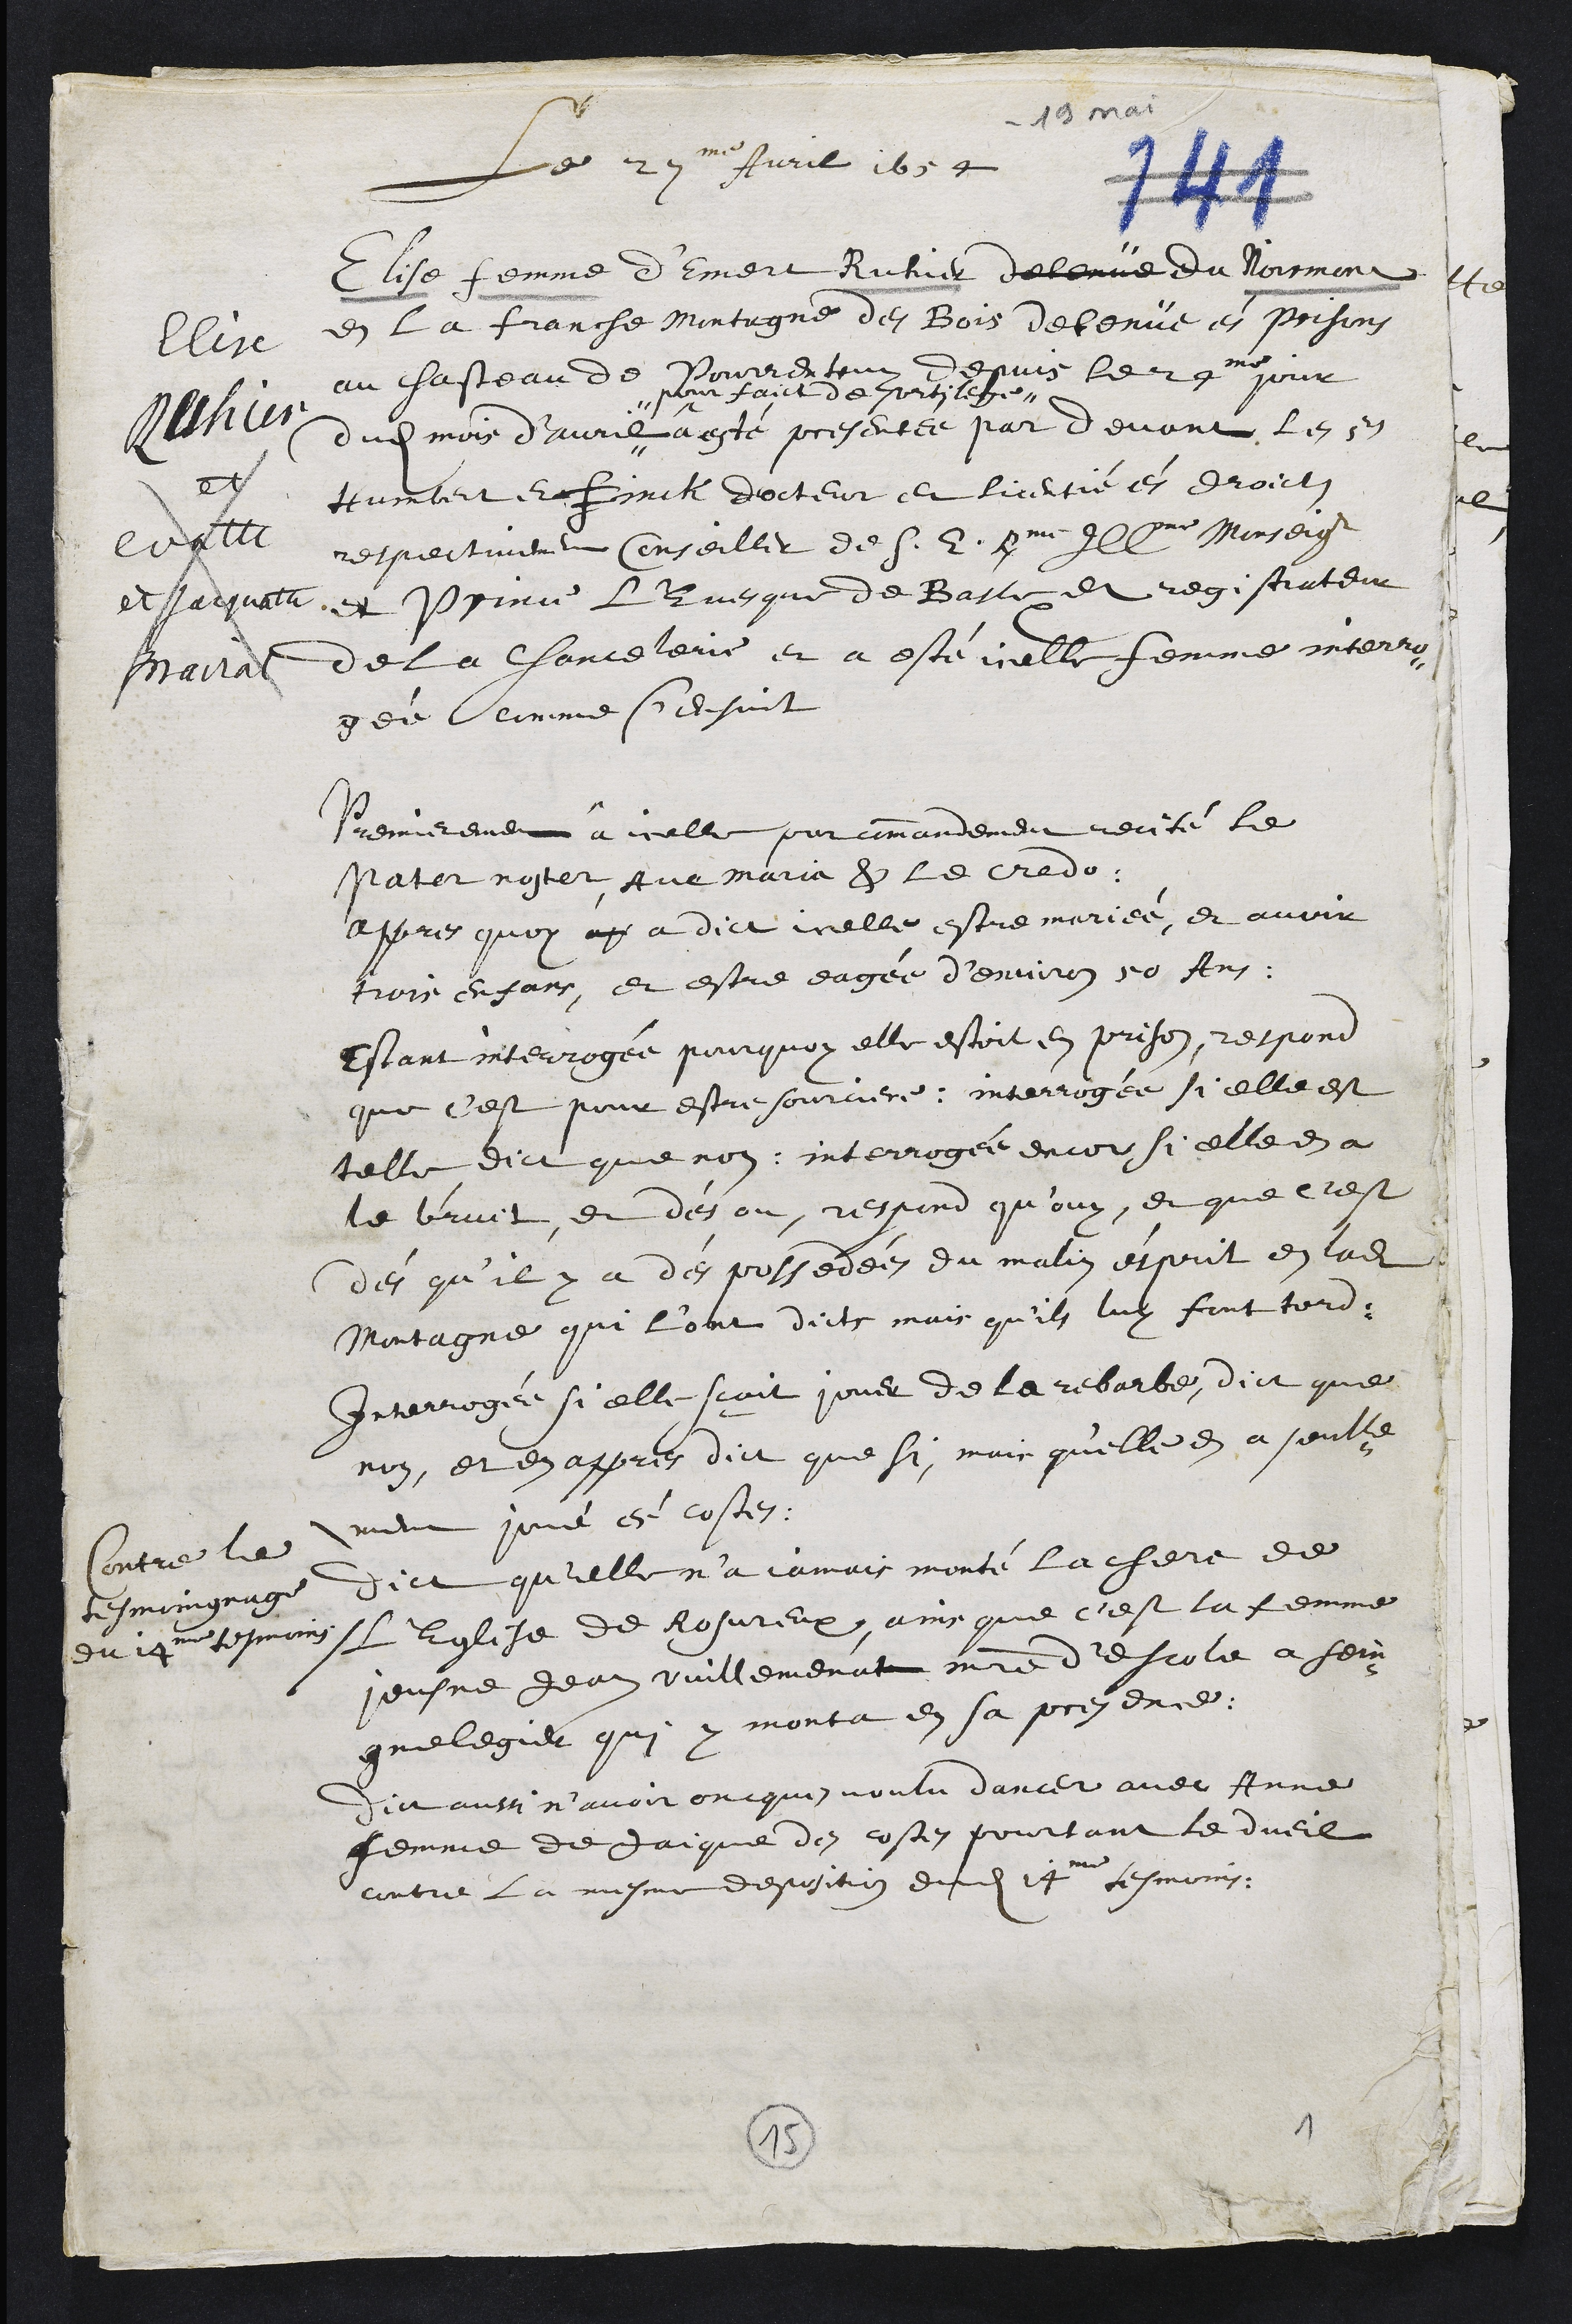
19 mai
Le 27me Avril 1654
Elise
Ruhier
et
evatte
et Jacquatte
Mairat
Elise femme d'Emert Ruhier detenüe du Noirmont
en la Franche Montagne des Bois detenüe es prisons
au chasteau de Pourrentruy depuis le 24me jour
dudit mois d'avril
pour faict de sortilege
â esté presentee par devant les srs
Humbert et Finck docteur et licencié ès droicts
respectivement Conseiller de S. E. Rme Illme Monseigr
et Prince L'Evesque de Basle et registrateur
de la chancelerie et a esté icelle femme interro-
gée comme s'ensuit
Premierement â icelle par commandement recité le
Pater noster, Ave Maria & le credo
appres quoy ap a dict icelle estre mariée, et avoir
trois enfans, et estre eagée d'environ 50 Ans
Estant interrogée pourquoy elle estoit en prison, respond
que c'est pour estre sourciere, interrogée, si elle est
telle dict que non. Interrogée encor si elle en a
le bruit, et dés ou, respond qu'ouy, et que c'est
dés quil y a dés possedées du malin ésprit en ladite
Montage qui l'ont dicte mais qu'ilz luy font tord
Interrogée si elle scait jouer de la rebarbe, dict que
non, et en appres dict que si, mais qu'elle en a soulle-
ment joué ès costes.
Contre le
tesmoingnage
du 14me tesmoins
Dict quelle n'a jamais monté la chere de
L'Eglise de Rosureux, ains que c'est la femme
Jeusne Jean Vuillemenat maitre d'escole a Sein-
gnelegier qui y monta en sa presence.
Dict aussi n'avoir oncques voulu dancer avec Anne
femme de Jaique des costes pourtant le dueil
contre la mesme deposition dudit 14me tesmoins
1